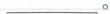
___。